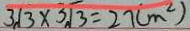
3 \sqrt { 3 } \times 3 \sqrt { 3 } = 2 7 ( m ^ { 2 } )